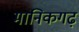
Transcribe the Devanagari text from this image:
मानिकगढ़